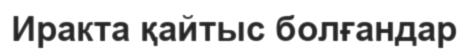
Иракта қайтыс болғандар